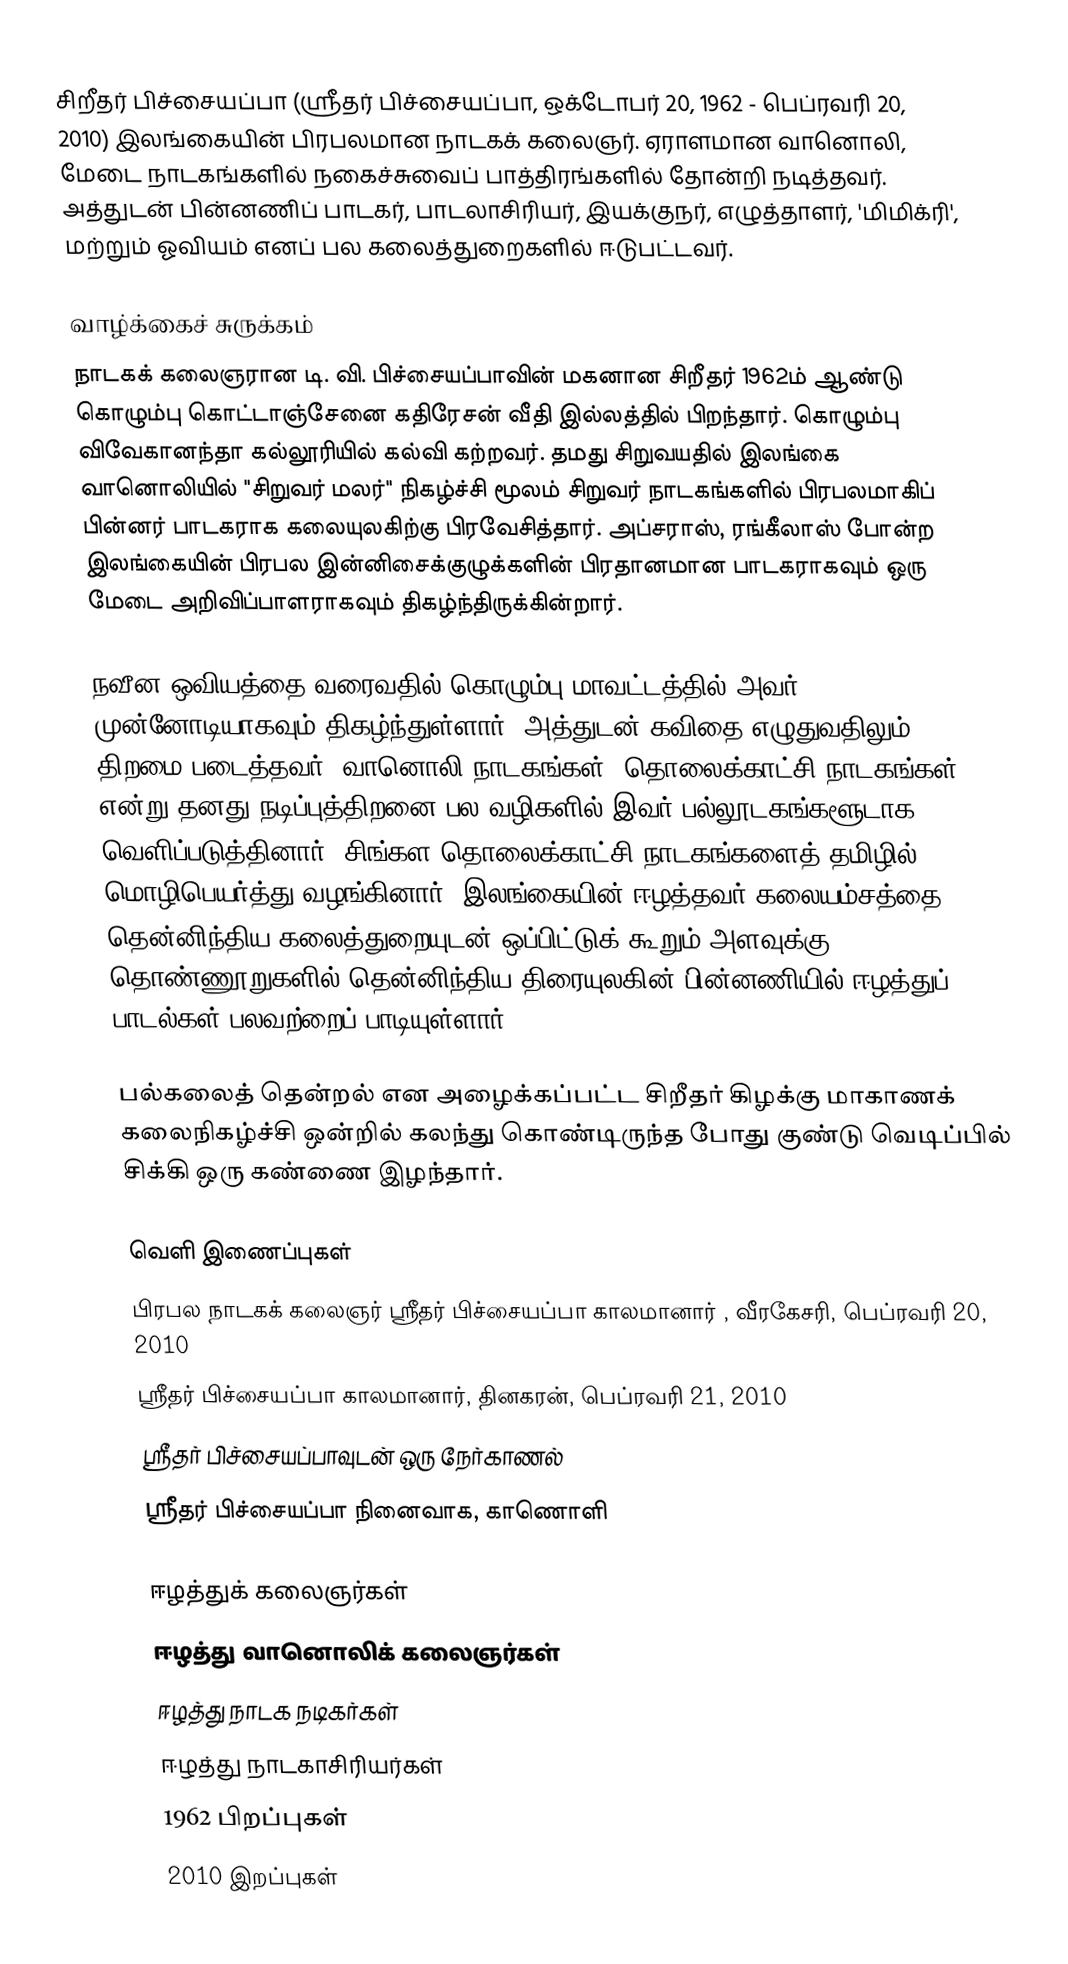
சிறீதர் பிச்சையப்பா (ஸ்ரீதர் பிச்சையப்பா, ஒக்டோபர்  20, 1962 - பெப்ரவரி 20, 2010) இலங்கையின் பிரபலமான  நாடகக் கலைஞர். ஏராளமான வானொலி, மேடை நாடகங்களில் நகைச்சுவைப் பாத்திரங்களில் தோன்றி நடித்தவர். அத்துடன் பின்னணிப் பாடகர், பாடலாசிரியர், இயக்குநர், எழுத்தாளர், 'மிமிக்ரி', மற்றும் ஓவியம் எனப் பல கலைத்துறைகளில் ஈடுபட்டவர்.

வாழ்க்கைச் சுருக்கம்
நாடகக் கலைஞரான டி. வி. பிச்சையப்பாவின் மகனான சிறீதர் 1962ம் ஆண்டு கொழும்பு கொட்டாஞ்சேனை கதிரேசன் வீதி இல்லத்தில் பிறந்தார். கொழும்பு விவேகானந்தா கல்லூரியில் கல்வி கற்றவர். தமது சிறுவயதில் இலங்கை வானொலியில் "சிறுவர் மலர்" நிகழ்ச்சி மூலம் சிறுவர் நாடகங்களில் பிரபலமாகிப் பின்னர் பாடகராக கலையுலகிற்கு பிரவேசித்தார். அப்சராஸ், ரங்கீலாஸ் போன்ற இலங்கையின் பிரபல இன்னிசைக்குழுக்களின் பிரதானமான பாடகராகவும் ஒரு மேடை அறிவிப்பாளராகவும் திகழ்ந்திருக்கின்றார்.

நவீன ஒவியத்தை வரைவதில் கொழும்பு மாவட்டத்தில் அவர் முன்னோடியாகவும் திகழ்ந்துள்ளார். அத்துடன் கவிதை எழுதுவதிலும் திறமை படைத்தவர். வானொலி நாடகங்கள், தொலைக்காட்சி நாடகங்கள் என்று தனது நடிப்புத்திறனை பல வழிகளில் இவர் பல்லூடகங்களூடாக வெளிப்படுத்தினார். சிங்கள தொலைக்காட்சி நாடகங்களைத் தமிழில் மொழிபெயர்த்து வழங்கினார். இலங்கையின் ஈழத்தவர் கலையம்சத்தை தென்னிந்திய கலைத்துறையுடன் ஒப்பிட்டுக் கூறும் அளவுக்கு தொண்ணூறுகளில் தென்னிந்திய திரையுலகின் பின்னணியில் ஈழத்துப் பாடல்கள் பலவற்றைப் பாடியுள்ளார்.

பல்கலைத் தென்றல் என அழைக்கப்பட்ட சிறீதர் கிழக்கு மாகாணக் கலைநிகழ்ச்சி ஒன்றில் கலந்து கொண்டிருந்த போது குண்டு வெடிப்பில் சிக்கி ஒரு கண்ணை இழந்தார்.

வெளி இணைப்புகள்
பிரபல நாடகக் கலைஞர் ஸ்ரீதர் பிச்சையப்பா காலமானார் , வீரகேசரி, பெப்ரவரி 20, 2010
ஸ்ரீதர் பிச்சையப்பா காலமானார், தினகரன், பெப்ரவரி 21, 2010
ஸ்ரீதர் பிச்சையப்பாவுடன் ஒரு நேர்காணல்
ஸ்ரீதர் பிச்சையப்பா நினைவாக, காணொளி

ஈழத்துக் கலைஞர்கள்
ஈழத்து வானொலிக் கலைஞர்கள்
ஈழத்து நாடக நடிகர்கள்
ஈழத்து நாடகாசிரியர்கள்
1962 பிறப்புகள்
2010 இறப்புகள்